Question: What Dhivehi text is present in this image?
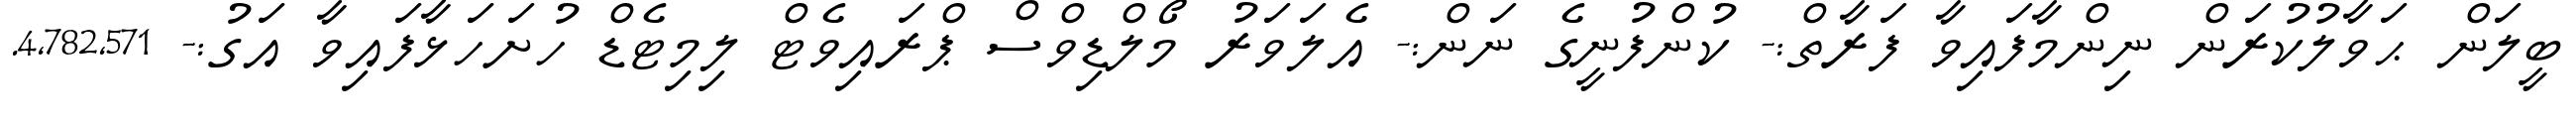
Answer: ބީލަން ޙަވާލުކުރަން ނިންމާފައިވާ ފަރާތް:- ކުންފުނީގެ ނަން:- އެލަވަރު މޯލްޑިވްސް ޕްރައިވެޓް ލިމިޓެޑް ހުށަހަޅާފައިވާ އަގު:- 4,782,571.